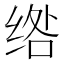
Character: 绺